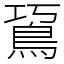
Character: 䲾